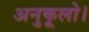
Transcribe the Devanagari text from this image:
अनुकूलो।